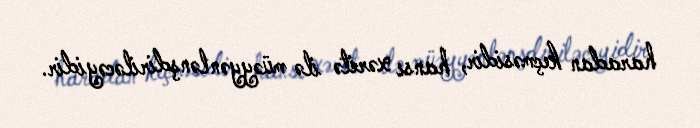
haradan keçməsidir, hansı xəritə ilə müəyyənlənşdiriləcəyidir.